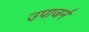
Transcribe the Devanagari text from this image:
उपाजर्न